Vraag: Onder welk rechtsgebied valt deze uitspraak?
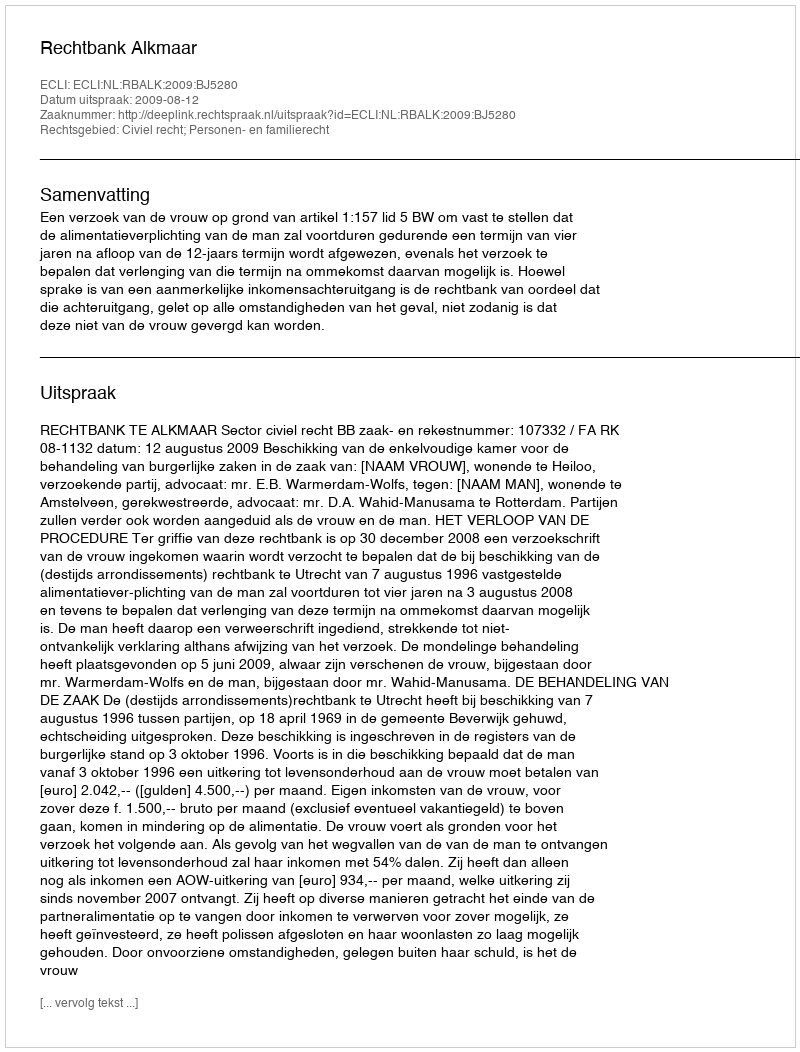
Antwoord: Civiel recht; Personen- en familierecht